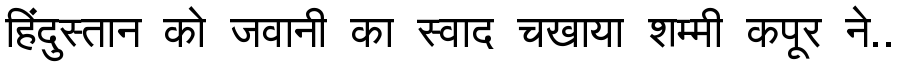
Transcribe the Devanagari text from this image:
हिंदुस्तान को जवानी का स्वाद चखाया शम्मी कपूर ने..